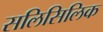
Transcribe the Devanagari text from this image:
सलिसिलिक